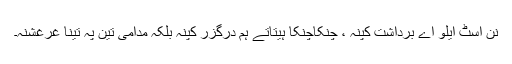
نن اسٹ ایلو اے برداشت کپنہ ، چنکاچنکا ہیتاتے ہم درگزر کپنہ بلکہ مدامی تین پہ تینا غُرغشنہ۔